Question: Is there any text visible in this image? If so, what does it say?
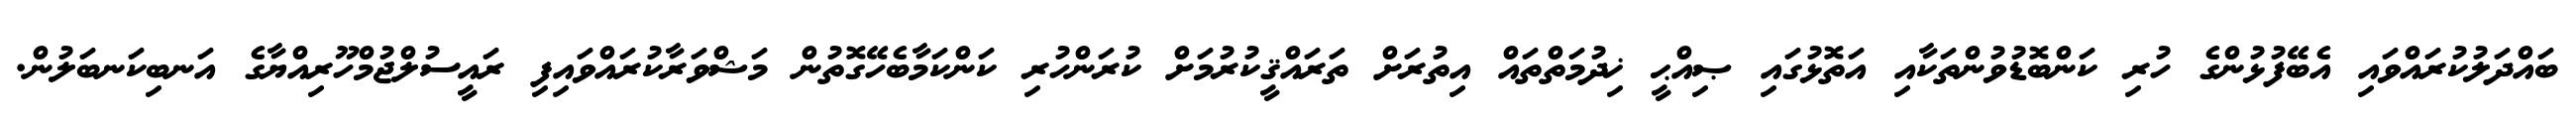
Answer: ބައްދަލުކުރައްވައި އެބޭފުޅުންގެ ހުރި ކަންބޮޑުވުންތަކާއި އަތޮޅުގައި ޞިއްޙީ ޚިދުމަތްތައް އިތުރަށް ތަރައްޤީކުރުމަށް ކުރަންހުރި ކަންކަމާބެހޭގޮތުން މަޝްވަރާކުރައްވައިފި ރައީސުލްޖުމްހޫރިއްޔާގެ އަނބިކަނބަލުން.